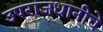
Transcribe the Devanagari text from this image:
उपराजधानीचे